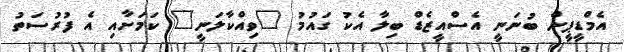
އެމްޑީޕީން ބުނަނީ އެސްއީޒެޑް ބިލާ އެކު ގައުމު "ވިއްކާލަނީ" ކަމަށާއި އެ ފުރުސަތު